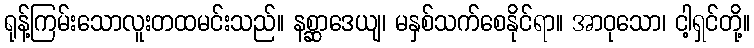
ရုန့်ကြမ်းသောလူးတထမင်းသည်။ နစ္ဆာဒေယျ၊ မနှစ်သက်စေနိုင်ရာ။ အာဝုသော၊ ငါ့ရှင်တို့။